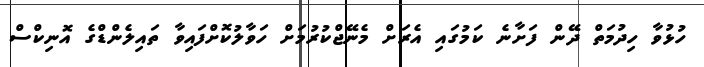
ހުޅުވާ ހިދުމަތް ދޭން ފަށާނެ ކަމުގައި އެރަށް މެނޭޖްކުރުމަށް ހަވާލުކޮށްފައިވާ ތައިލެންޑްގެ އޮނިކްސް